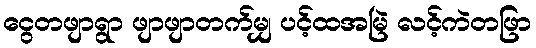
ငွေတဖျာရွာ ဖျာဖျာတက်မျှ ပင့်ထအမြဲ လင့်ကဲတဖြာ